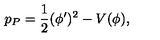
p _ { P } = { \frac { 1 } { 2 } } ( \phi ^ { \prime } ) ^ { 2 } - V ( \phi ) ,